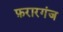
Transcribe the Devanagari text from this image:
फ़रारगंज